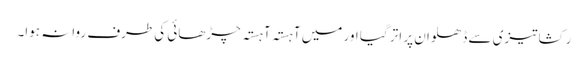
رکشا تیزی سے ڈھلوان پر اتر گیا اور میں آہستہ آہستہ چڑھائی کی طرف روانہ ہوا۔